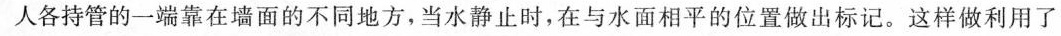
人各持管的一端靠在墙面的不同地方，当水静止时，在与水面相平的位置做出标记。这样做利用了